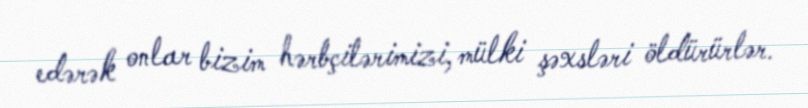
edərək onlar bizim hərbçilərimizi, mülki şəxsləri öldürürlər.